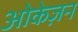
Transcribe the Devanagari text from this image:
ओकेज़न